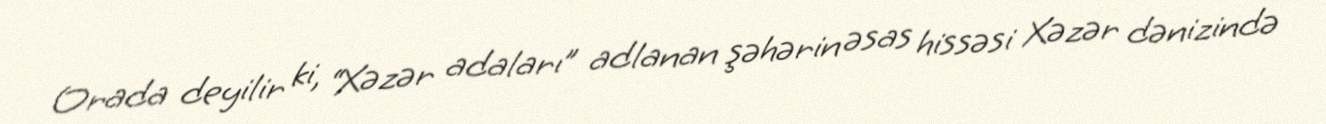
Orada deyilir ki, “Xəzər adaları” adlanan şəhərin əsas hissəsi Xəzər dənizində